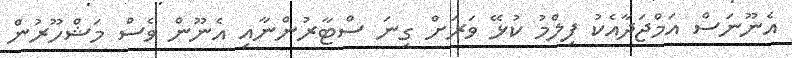
އެނޫނަސް އަމްޖަދާއެކު ފިލްމު ކުޅޭ ވަރަށް ގިނަ ސްޓާރުންނާއި އެނޫން ވެސް މަޝްހޫރުން